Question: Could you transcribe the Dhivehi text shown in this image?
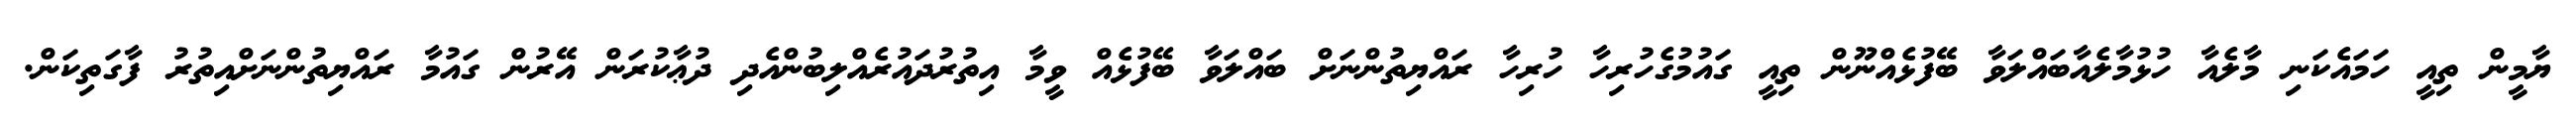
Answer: ޔާމީން ތިއީ ހަމައެކަނި މާލެއާ ހުޅުމާލެއާބައްލަވާ ބޭފުޅެއްނޫން ތިއީ ގައުމުގެހުރިހާ ހުރިހާ ރައްޔިތުންނަށް ބައްލަވާ ބޭފުޅެއް ވީމާ އިތުރުދައުރެއްލިބުންއެދި ދުޢާކުރަން އޭރުން ގައުމާ ރައްޔިތުންނަށްއިތުރު ފާގަތިކަން.